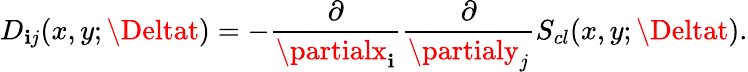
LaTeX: D_{\mathbf{i}j}(x,y;\Deltat)=-\frac{{\partial}}{{\partialx_{\mathbf{i}}}}\frac{{\partial}}{{\partialy_{j}}}S_{cl}(x,y;\Deltat).